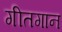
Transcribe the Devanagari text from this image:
गीतगान